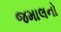
જમાલનો